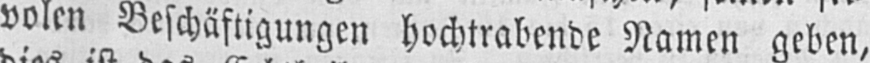
volen Beschäftigungen hochtrabende Namen geben,